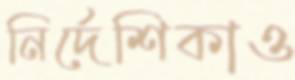
নির্দেশিকাও